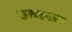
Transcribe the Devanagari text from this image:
उत्तलन